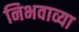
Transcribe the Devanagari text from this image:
निभवाव्या